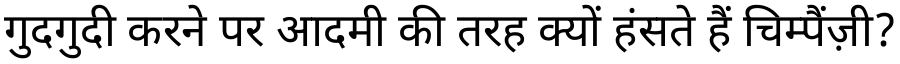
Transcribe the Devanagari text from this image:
गुदगुदी करने पर आदमी की तरह क्यों हंसते हैं चिम्पैंज़ी?